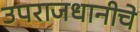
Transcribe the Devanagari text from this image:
उपराजधानीचे